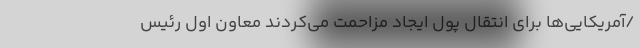
/آمریکایی‌ها برای انتقال پول ایجاد مزاحمت می‌کردند معاون اول رئیس